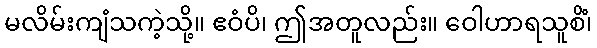
မလိမ်းကျံသကဲ့သို့။ ဧဝံပိ၊ ဤအတူလည်း။ ဝေါဟာရသူစိံ၊